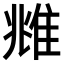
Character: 𨾾